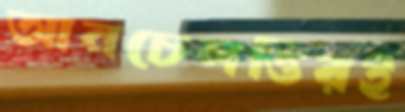
আনচেলত্তিরই